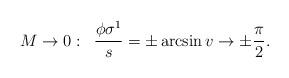
LaTeX: \begin{align*}M\rightarrow 0:\;\;\frac{\phi \sigma^1}{s}=\pm \arcsin v \rightarrow \pm \frac{\pi}{2}.\end{align*}